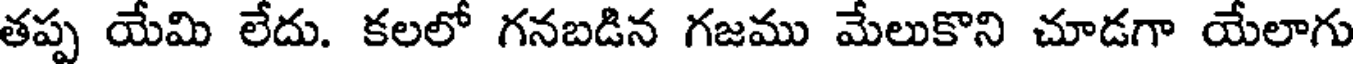
తప్ప యేమి లేదు. కలలో గనబడిన గజము మేలుకొని చూడగా యేలాగు